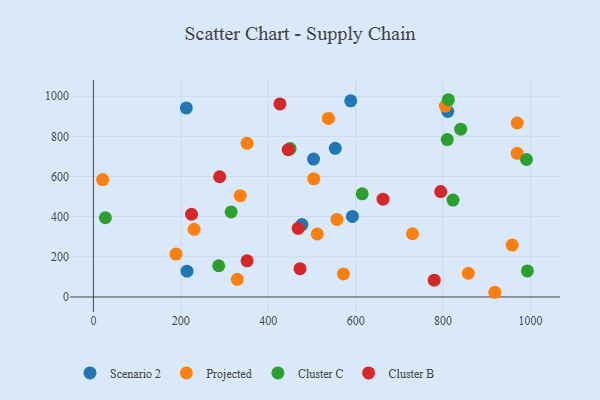
{"axis": {"x": "Study Hours", "y": "Rating"}, "legend": ["Cluster B", "Cluster C", "Projected", "Scenario 2"], "data": [{"x": "503.7", "y": 686.8, "type": "Scenario 2"}, {"x": "214.2", "y": 128.4, "type": "Scenario 2"}, {"x": "477.0", "y": 360.6, "type": "Scenario 2"}, {"x": "212.6", "y": 941.6, "type": "Scenario 2"}, {"x": "553.4", "y": 740.5, "type": "Scenario 2"}, {"x": "592.6", "y": 401.1, "type": "Scenario 2"}, {"x": "588.7", "y": 976.8, "type": "Scenario 2"}, {"x": "810.7", "y": 924.2, "type": "Scenario 2"}, {"x": "351.5", "y": 765.2, "type": "Projected"}, {"x": "958.1", "y": 258.7, "type": "Projected"}, {"x": "21.1", "y": 584.4, "type": "Projected"}, {"x": "537.7", "y": 889.2, "type": "Projected"}, {"x": "969.6", "y": 715.3, "type": "Projected"}, {"x": "329.2", "y": 87.8, "type": "Projected"}, {"x": "969.7", "y": 866.4, "type": "Projected"}, {"x": "918.4", "y": 23.4, "type": "Projected"}, {"x": "335.9", "y": 504.6, "type": "Projected"}, {"x": "230.3", "y": 336.8, "type": "Projected"}, {"x": "572.0", "y": 115.0, "type": "Projected"}, {"x": "805.3", "y": 950.6, "type": "Projected"}, {"x": "512.2", "y": 314.0, "type": "Projected"}, {"x": "189.0", "y": 213.5, "type": "Projected"}, {"x": "504.2", "y": 588.5, "type": "Projected"}, {"x": "857.7", "y": 118.1, "type": "Projected"}, {"x": "557.1", "y": 386.1, "type": "Projected"}, {"x": "730.0", "y": 314.9, "type": "Projected"}, {"x": "315.1", "y": 423.6, "type": "Cluster C"}, {"x": "615.0", "y": 513.8, "type": "Cluster C"}, {"x": "450.1", "y": 739.0, "type": "Cluster C"}, {"x": "840.3", "y": 835.5, "type": "Cluster C"}, {"x": "812.1", "y": 982.3, "type": "Cluster C"}, {"x": "286.6", "y": 155.5, "type": "Cluster C"}, {"x": "27.4", "y": 394.5, "type": "Cluster C"}, {"x": "809.6", "y": 783.9, "type": "Cluster C"}, {"x": "992.9", "y": 129.9, "type": "Cluster C"}, {"x": "990.9", "y": 684.6, "type": "Cluster C"}, {"x": "822.7", "y": 482.7, "type": "Cluster C"}, {"x": "445.7", "y": 733.7, "type": "Cluster B"}, {"x": "426.8", "y": 961.6, "type": "Cluster B"}, {"x": "794.6", "y": 524.8, "type": "Cluster B"}, {"x": "224.5", "y": 412.0, "type": "Cluster B"}, {"x": "472.7", "y": 140.8, "type": "Cluster B"}, {"x": "288.8", "y": 598.6, "type": "Cluster B"}, {"x": "351.6", "y": 179.8, "type": "Cluster B"}, {"x": "779.8", "y": 83.9, "type": "Cluster B"}, {"x": "662.6", "y": 487.1, "type": "Cluster B"}, {"x": "468.5", "y": 342.0, "type": "Cluster B"}]}